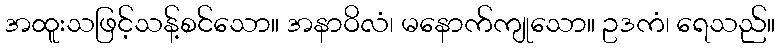
အထူးသဖြင့်သန့်စင်သော။ အနာဝိလံ၊ မနောက်ကျုသော။ ဥဒကံ၊ ရေသည်။